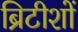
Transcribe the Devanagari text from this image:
ब्रिटीशों